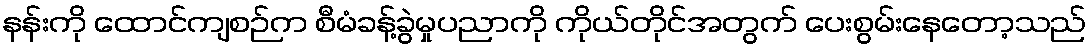
နန်းကို ထောင်ကျစဉ်က စီမံခန့်ခွဲမှုပညာကို ကိုယ်တိုင်အတွက် ပေးစွမ်းနေတော့သည်